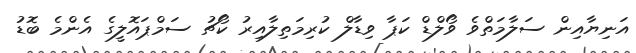
އަނިޔާއިން ސަލާމަތްވެ ވޯލްޑް ކަޕާ ވިޑާލް ކުރިމަތިލާއިރު ކޯޗު ސަމްޕައޮލީގެ އެންމެ ބޮޑު